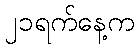
၂၁ရက်နေ့က